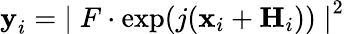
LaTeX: \textbf{y}_{i}={\mid F\cdot\mathrm{exp}(j(\textbf{x}_{i}+\textbf{H}_{i}))\mid}^{2}